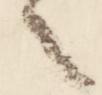
々